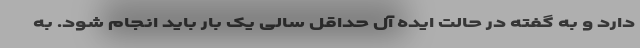
دارد و به گفته در حالت ایده آل حداقل سالی یک بار باید انجام شود. به